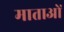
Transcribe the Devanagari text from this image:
माताआें